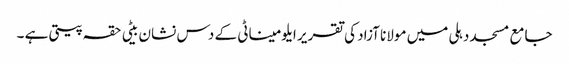
جامع مسجد دہلی میں مولانا آزاد کی تقریر	ایلومیناٹی کے دس نشان	بیٹی حقہ پیتی ہے ۔